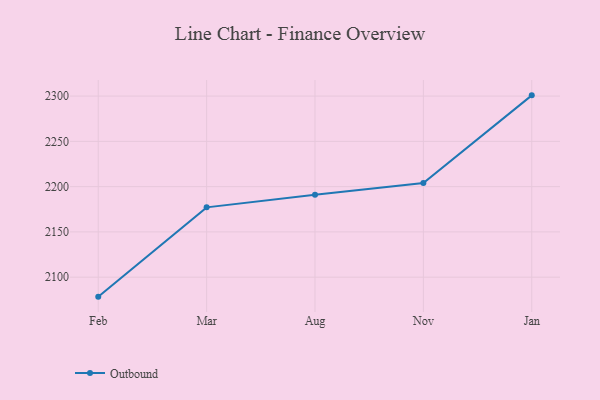
{"axis": {"x": "Month", "y": "Conversion Rate (%)"}, "legend": ["Outbound"], "data": [{"x": "Feb", "y": 2078.5, "type": "Outbound"}, {"x": "Mar", "y": 2177.1, "type": "Outbound"}, {"x": "Aug", "y": 2191.0, "type": "Outbound"}, {"x": "Nov", "y": 2204.0, "type": "Outbound"}, {"x": "Jan", "y": 2300.8, "type": "Outbound"}]}